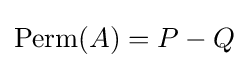
\operatorname {Perm} (A)=P-Q